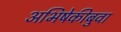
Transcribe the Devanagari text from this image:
अभिषेकीबुवा